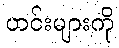
ဟင်းများကို